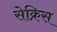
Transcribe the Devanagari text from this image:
सेक्रिस